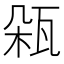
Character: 𤬾